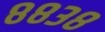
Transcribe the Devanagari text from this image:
८८३८